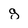
Character: g